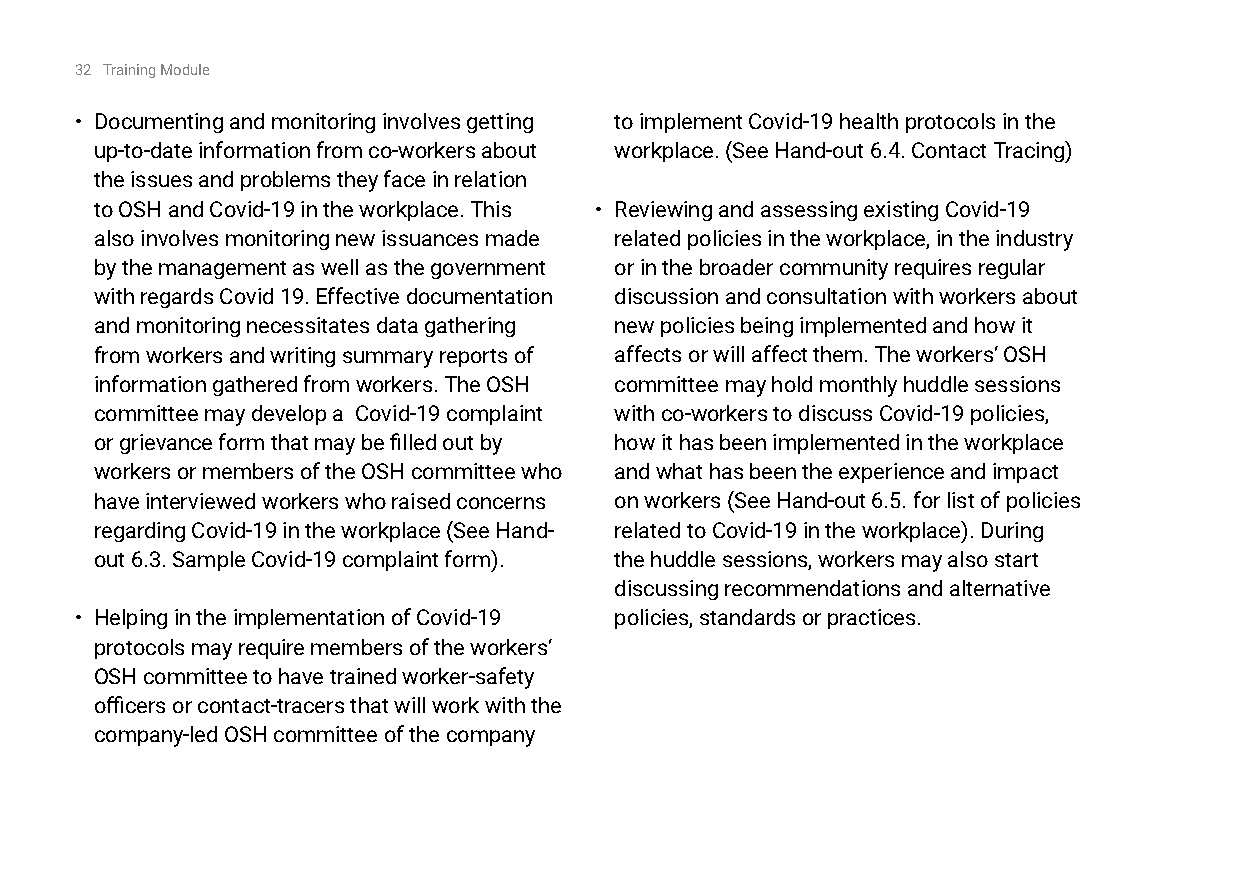
32 Training Module
 • Documenting and monitoring involves getting to implement Covid-19 health protocols in the
 up-to-date information from co-workers about workplace. (See Hand-out 6.4. Contact Tracing)
 the issues and problems they face in relation
 to OSH and Covid-19 in the workplace. This • Reviewing and assessing existing Covid-19
 also involves monitoring new issuances made related policies in the workplace, in the industry
 by the management as well as the government or in the broader community requires regular
 with regards Covid 19. Effective documentation discussion and consultation with workers about
 and monitoring necessitates data gathering new policies being implemented and how it
 from workers and writing summary reports of affects or will affect them. The workers’ OSH
 information gathered from workers. The OSH committee may hold monthly huddle sessions
 committee may develop a Covid-19 complaint with co-workers to discuss Covid-19 policies,
 or grievance form that may be filled out by how it has been implemented in the workplace
 workers or members of the OSH committee who and what has been the experience and impact
 have interviewed workers who raised concerns on workers (See Hand-out 6.5. for list of policies
 regarding Covid-19 in the workplace (See Hand- related to Covid-19 in the workplace). During
 out 6.3. Sample Covid-19 complaint form). the huddle sessions, workers may also start
 discussing recommendations and alternative
 • Helping in the implementation of Covid-19 policies, standards or practices.
 protocols may require members of the workers’
 OSH committee to have trained worker-safety
 officers or contact-tracers that will work with the
 company-led OSH committee of the company